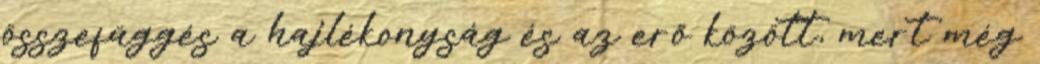
összefüggés a hajlékonyság és az erő között, mert még